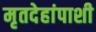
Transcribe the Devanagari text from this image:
मृतदेहांपाशी